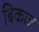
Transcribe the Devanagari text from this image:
बिकाज़